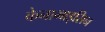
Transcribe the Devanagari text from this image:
केनामाइसिन